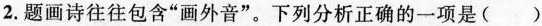
2.题画诗往往包含”画外音”。下列分析正确的一项是()